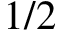
1 / 2